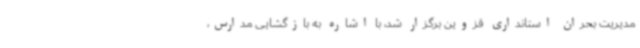
مدیریت بحران استانداری قزوین برگزار شد، با اشاره به بازگشایی مدارس،